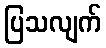
ပြသလျက်